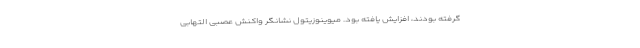
گرفته بودند، افزایش یافته بود. میوینوزیتول نشانگر واکنش عصبی التهابی